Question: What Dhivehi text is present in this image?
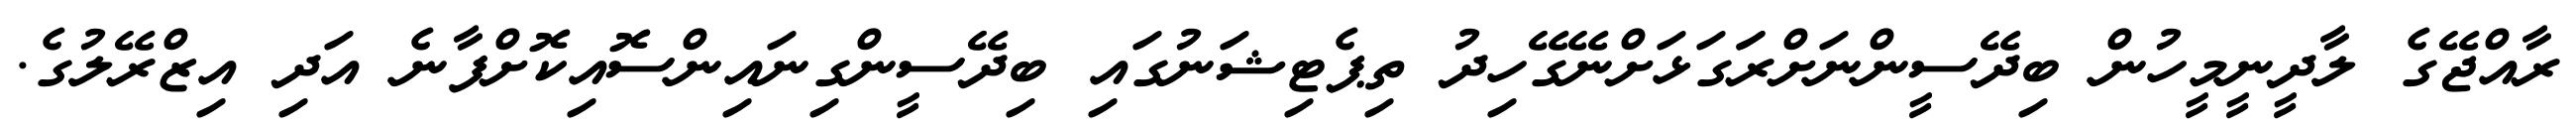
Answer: ރާއްޖޭގެ ލާދީނީމީހުން ބިދޭސީންނަށްރަަގަޅަށްނޭގޭހިދު ތިޕެޓިޝަނުގައި ބިދޭސީންގިނައިންސޮއިކޮށްފާނެ އަދި އިޒްރޭލުގެ.